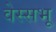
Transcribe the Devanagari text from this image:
वेस्सभू